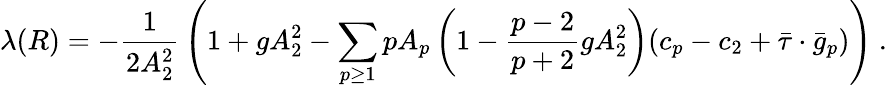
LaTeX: \lambda(R)=-{\frac{1}{2A_{2}^{2}}}\left(1+gA_{2}^{2}-\sum_{p\ge 1}pA_{p}\left(1-{\frac{p-2}{p+2}}gA_{2}^{2}\right)(c_{p}-c_{2}+\bar{\tau}\cdot\bar{g}_{p})\right)\ .